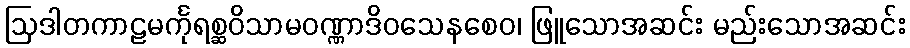
ဩဒါတကာဠမင်္ကုရစ္ဆဝိသာမဝဏ္ဏာဒိဝသေနစေဝ၊ ဖြူသောအဆင်း မည်းသောအဆင်း